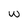
Character: w